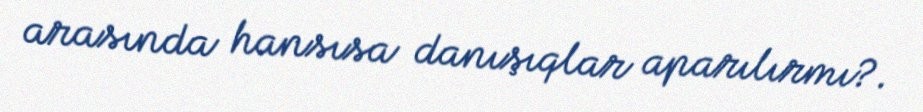
arasında hansısa danışıqlar aparılırmı?.